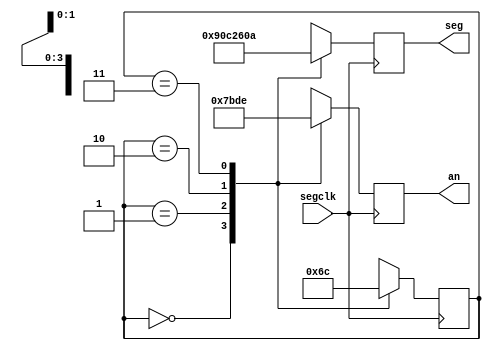
`timescale 1ns / 1ps
//////////////////////////////////////////////////////////////////////////////////
// Company: 
// Engineer: 
// 
// Design Name: 
// Module Name:    segdisplay 
// Project Name: 
// Target Devices: 
// Tool versions: 
// Description: 
//
// Dependencies: 
//
// Revision: 
// Revision 0.01 - File Created
// Additional Comments: 
//
//////////////////////////////////////////////////////////////////////////////////
module segdisplay(
	input wire segclk,		//7-segment clock
	output reg [6:0] seg,	//7-segment display LEDs
	output reg [3:0] an		//7-segment display anode enable
	);

// constants for displaying letters on display
localparam N = 7'b1001000;
localparam E = 7'b0110000;
localparam R = 7'b1001100;
localparam P = 7'b0001010;

// Finite State Machine (FSM) states
localparam left = 2'b00;
localparam midleft = 2'b01;
localparam midright = 2'b10;
localparam right = 2'b11;

// state register
reg [1:0] state;

// FSM which cycles though every digit of the display every 2.62ms.
// This should be fast enough to trick our eyes into seeing that
// all four digits are on display at the same time.
always @(posedge segclk)
begin
		case(state)
			left:
			begin
				seg <= N;
				an <= 4'b0111;
				state <= midleft;
			end
			midleft:
			begin
				seg <= E;
				an <= 4'b1011;
				state <= midright;
			end
			midright:
			begin
				seg <= R;
				an <= 4'b1101;
				state <= right;
			end
			right:
			begin
				seg <= P;
				an <= 4'b1110;
				state <= left;
			end
		endcase
end

endmodule